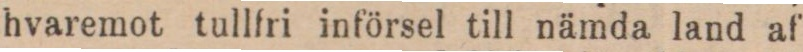
hvaremot tullfri införsel till nämda land af